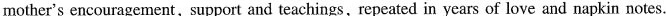
mother's encouragement,support and teachings, repeated in years of love and napkin notes.